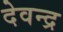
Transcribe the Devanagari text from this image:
देवन्द्र